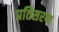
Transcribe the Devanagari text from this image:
प्रतिसरण